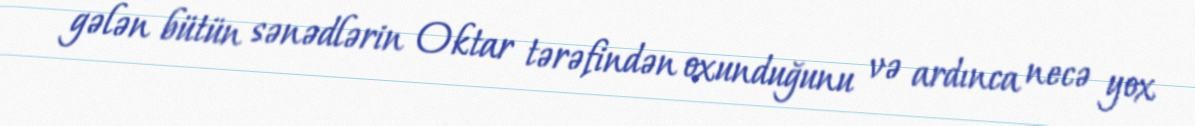
gələn bütün sənədlərin Oktar tərəfindən oxunduğunu və ardınca necə yox